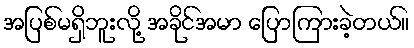
အပြစ်မရှိဘူးလို့ အခိုင်အမာ ပြောကြားခဲ့တယ်။